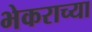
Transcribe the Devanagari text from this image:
भेकराच्या